Scottish Certificate of Education, 1963
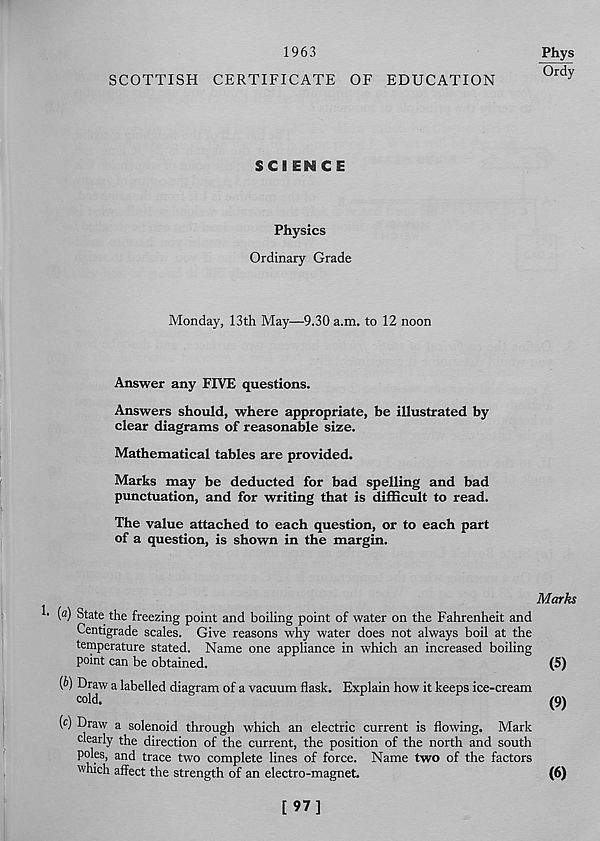
1963
Phys
Ordy
SCOTTISH CERTIFICATE OF EDUCATION
SCI ENCE
Physics
Ordinary Grade
Monday, 13th May—9.30 a.m. to 12 noon
Answer any FIVE questions.
Answers should, where appropriate, be illustrated by
clear diagrams of reasonable size.
Mathematical tables are provided.
Marks may be deducted for bad spelling and bad
punctuation, and for writing that is difficult to read.
The value attached to each question, or to each part
of a question, is shown in the margin.
Marks
(a) State the freezing point and boiling point of water on the Fahrenheit and
Centigrade scales. Give reasons why water does not always boil at the
temperature stated. Name one appliance in which an increased boiling
point can be obtained.
(5)
(&) Draw a labelled diagram of a vacuum flask. Explain how it keeps ice-cream
cold.
(9)
(c) Draw a solenoid through which an electric current is flowing. Mark
clearly the direction of the current, the position of the north and south
poles, and trace two complete lines of force. Name two of the factors
which affect the strength of an electro-magnet.
(6)
[97]